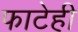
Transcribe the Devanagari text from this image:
फाटेही